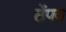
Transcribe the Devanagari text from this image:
ठंेपब